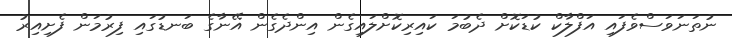
ނުތަނަވަސްވެފައި އަފްލާކް ކުޑަކޮށް ދެބުމަ ކައިރިކޮށްލައިގެން އިންދެގެން އޭނާގެ ބަނޑުގައި ފިރުމަން ފެށިއިރު